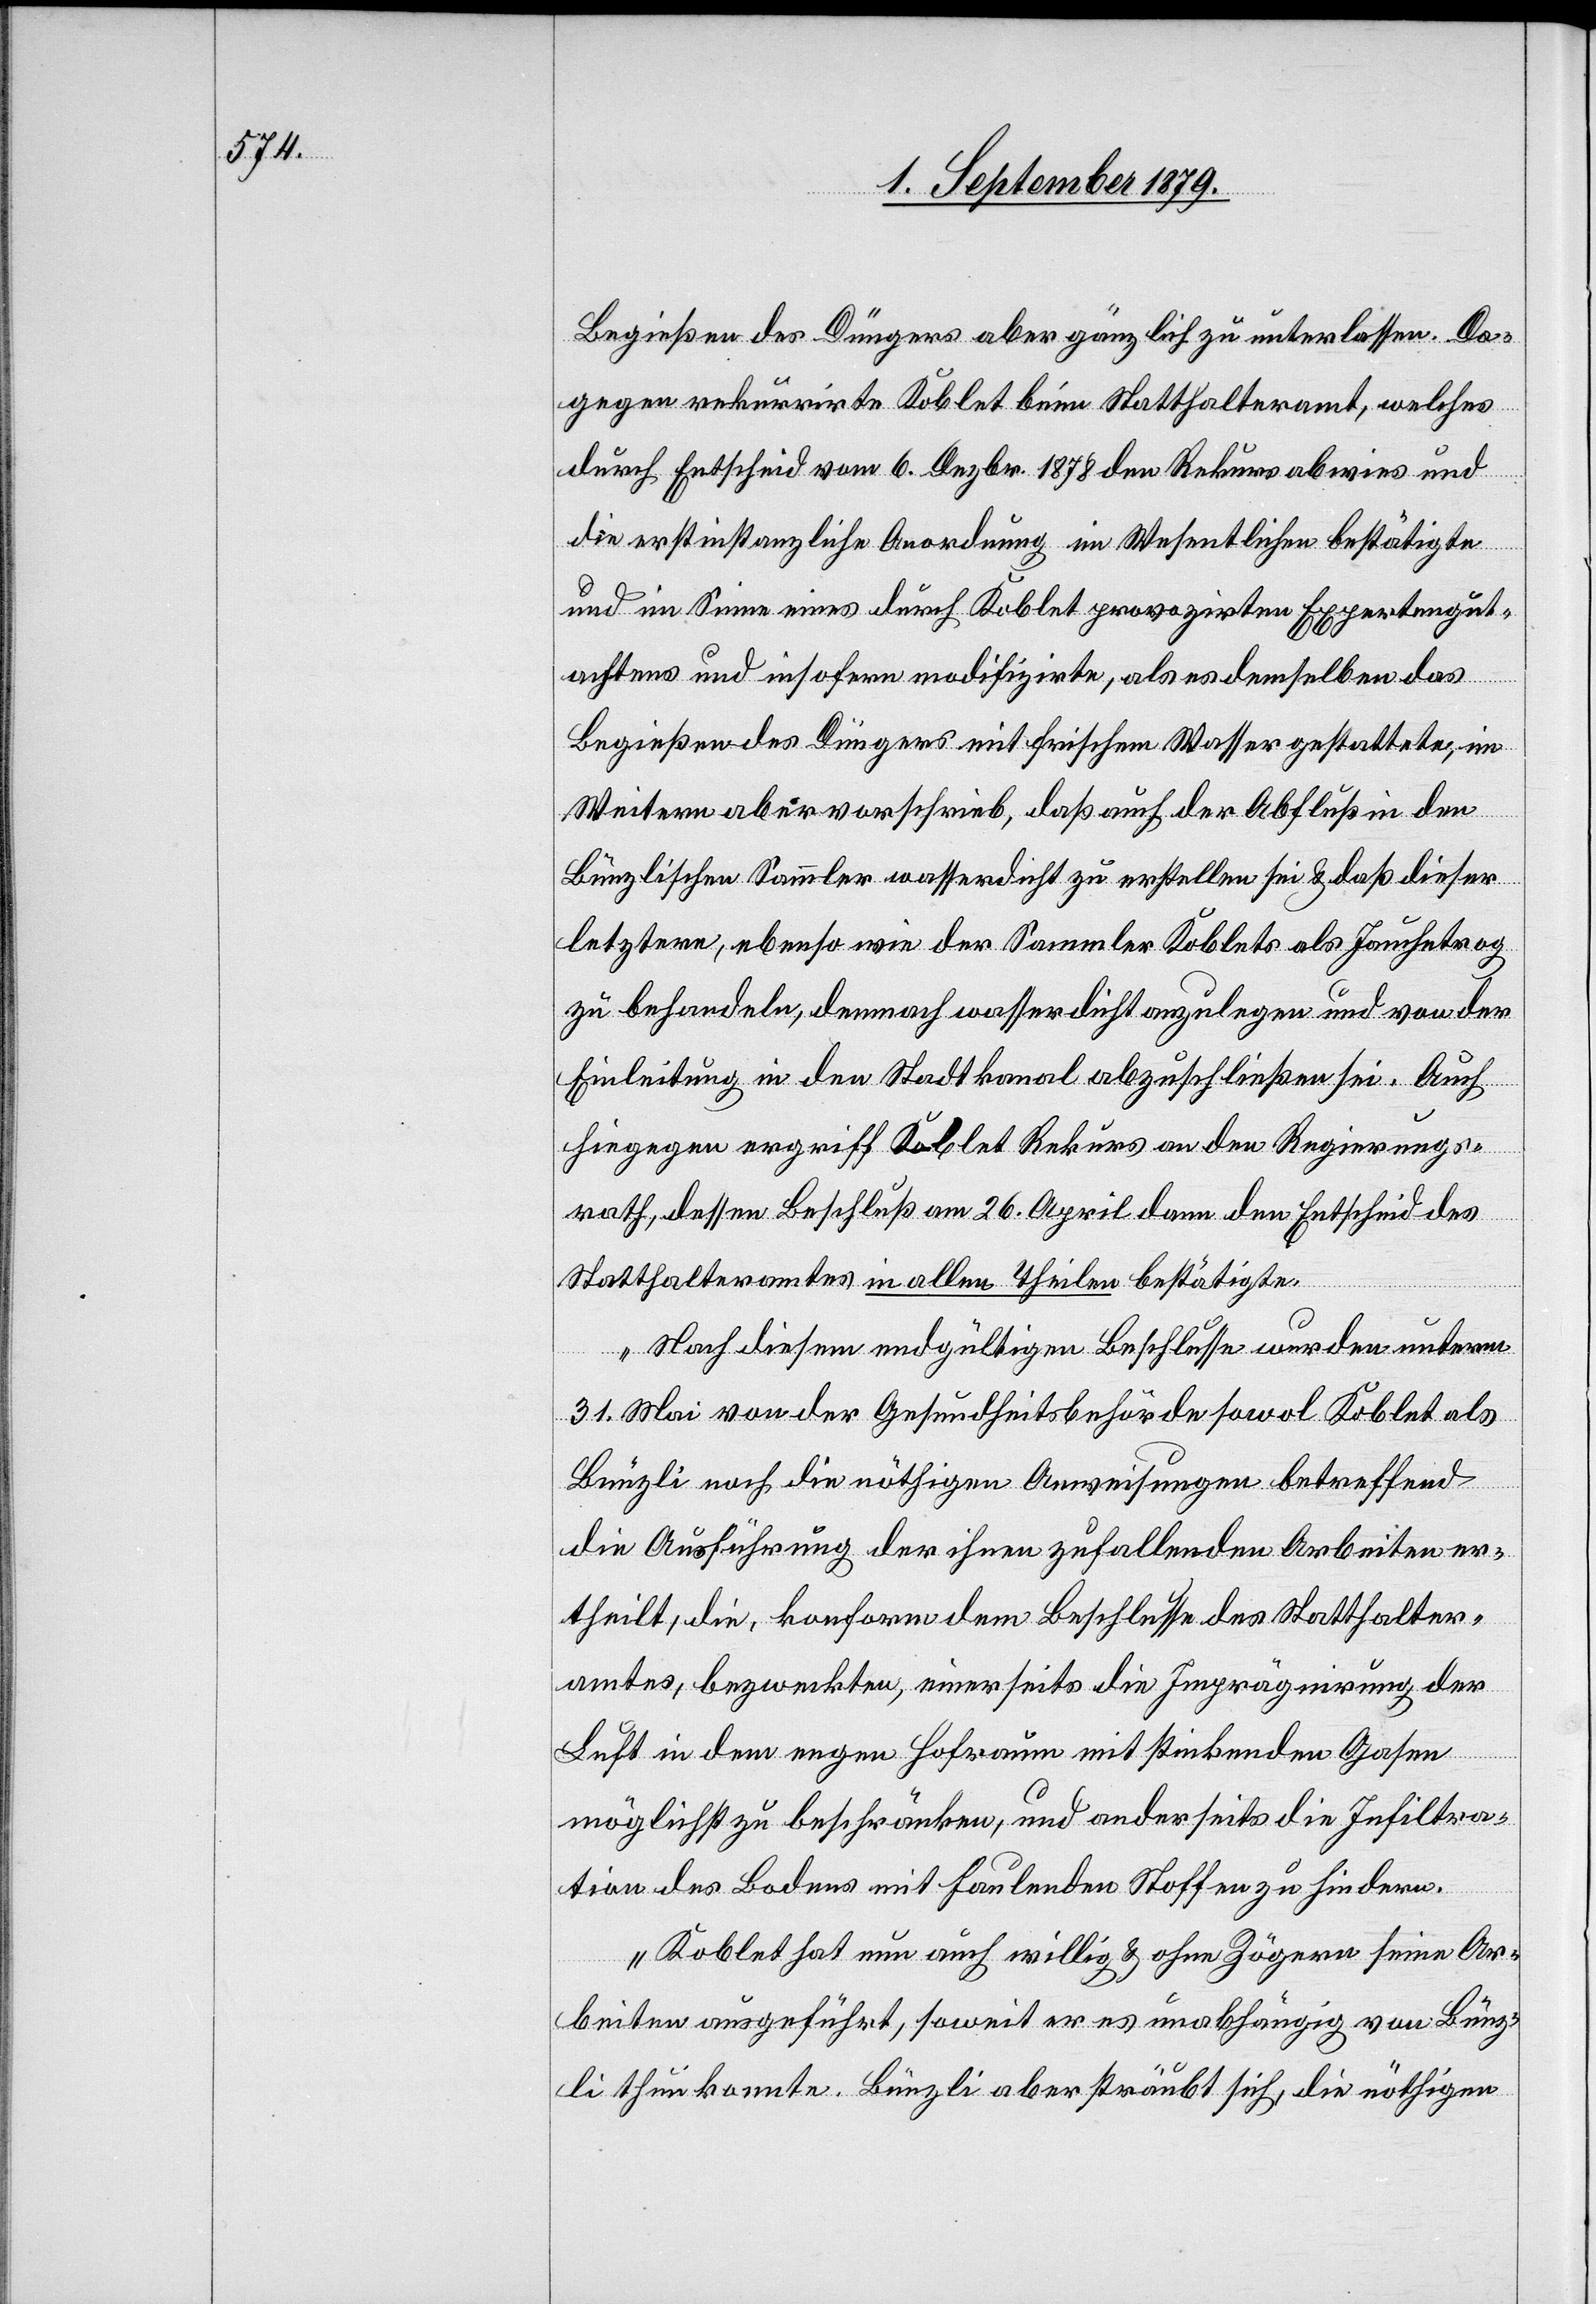
Begießen des Düngers aber gänzlich zu unterlassen. Da¬
gegen rekurrirte Koblet beim Statthalteramt, welches
durch Entscheid vom 6. Dezbr. 1878 den Rekurs abwies und
die erstinstanzliche Anordnung im Wesentlichen bestätigte
und im Sinne eines durch Koblet provozirten Expertengut¬
achtens und insofern modifizirte, als es demselben das
Begießen des Düngers mit frischem Wasser gestattete, im
Weitern aber vorschrieb, daß auch der Abfluß in den
Bünzlischen Sammler wasserdicht zu erstellen sei & daß dieser
letztere, ebenso wie der Sammler Koblets als Jauchetrog
zu behandeln, demnach wasserdicht anzulegen und von der
Einleitung in den Stadtkanal abzuschließen sei. Auch
hiegegen ergriff Koblet Rekurs an den Regierungs¬
rath, dessen Beschluß am 26. April dann den Entscheid des
Statthalteramtes in allen Theilen bestätigte.
Nach diesem endgültigen Beschlusse wurden unterm
31. Mai von der Gesundheitsbehörde sowol Koblet als
Bünzli noch die nöthigen Anweisungen betreffend
die Ausführung der ihnen zufallenden Arbeiten er¬
theilt, die, konform dem Beschlusse des Statthalter¬
amtes, bezweckten, einerseits die Imprägnirung der
Luft in dem engen Hofraum mit stinkenden Gasen
möglichst zu beschränken, und anderseits die Infiltra¬
tion des Bodens mit faulenden Stoffen zu hindern.
Koblet hat nun auch willig & ohne Zögern seine Ar¬
beiten ausgeführt, soweit er es unabhängig von Bünz¬
li thun konnte. Bünzli aber sträubt sich, die nöthigen